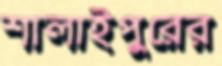
শালাইপুরের